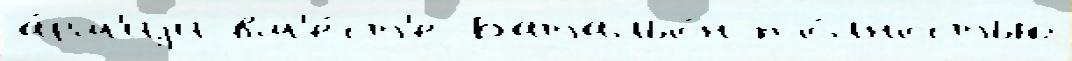
а́рм'иjи вм'е́ст'е Батальо́н по́лностью